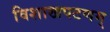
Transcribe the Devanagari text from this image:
विशाखपटणम्‌